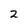
Character: 2